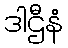
ဒါဌီနံ